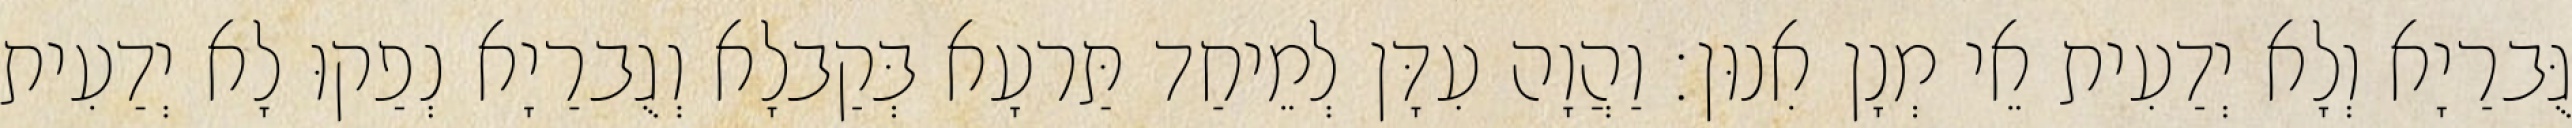
גֻּברַיָא וְלָא יְדַעִית אֵי מְנָן אִנוּן׃ וַהֲוָה עִדָּן לְמֵיחַד תַּרעָא בְּקַבלָא וְגֻברַיָא נְפַקוּ לָא יְדַעִית